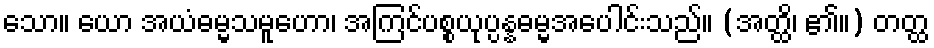
သော။ ယော အယံဓမ္မသမူဟော၊ အကြင်ပစ္စယုပ္ပန္နဓမ္မအပေါင်းသည်။ (အတ္ထိ၊ ၏။) တတ္ထ